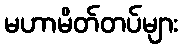
မဟာမိတ်တပ်များ